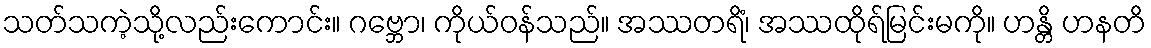
သတ်သကဲ့သို့လည်းကောင်း။ ဂဗ္ဘော၊ ကိုယ်ဝန်သည်။ အဿတရိံ၊ အဿထိုရ်မြင်းမကို။ ဟန္တိ ဟနတိ